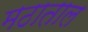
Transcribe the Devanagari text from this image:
मठाताल